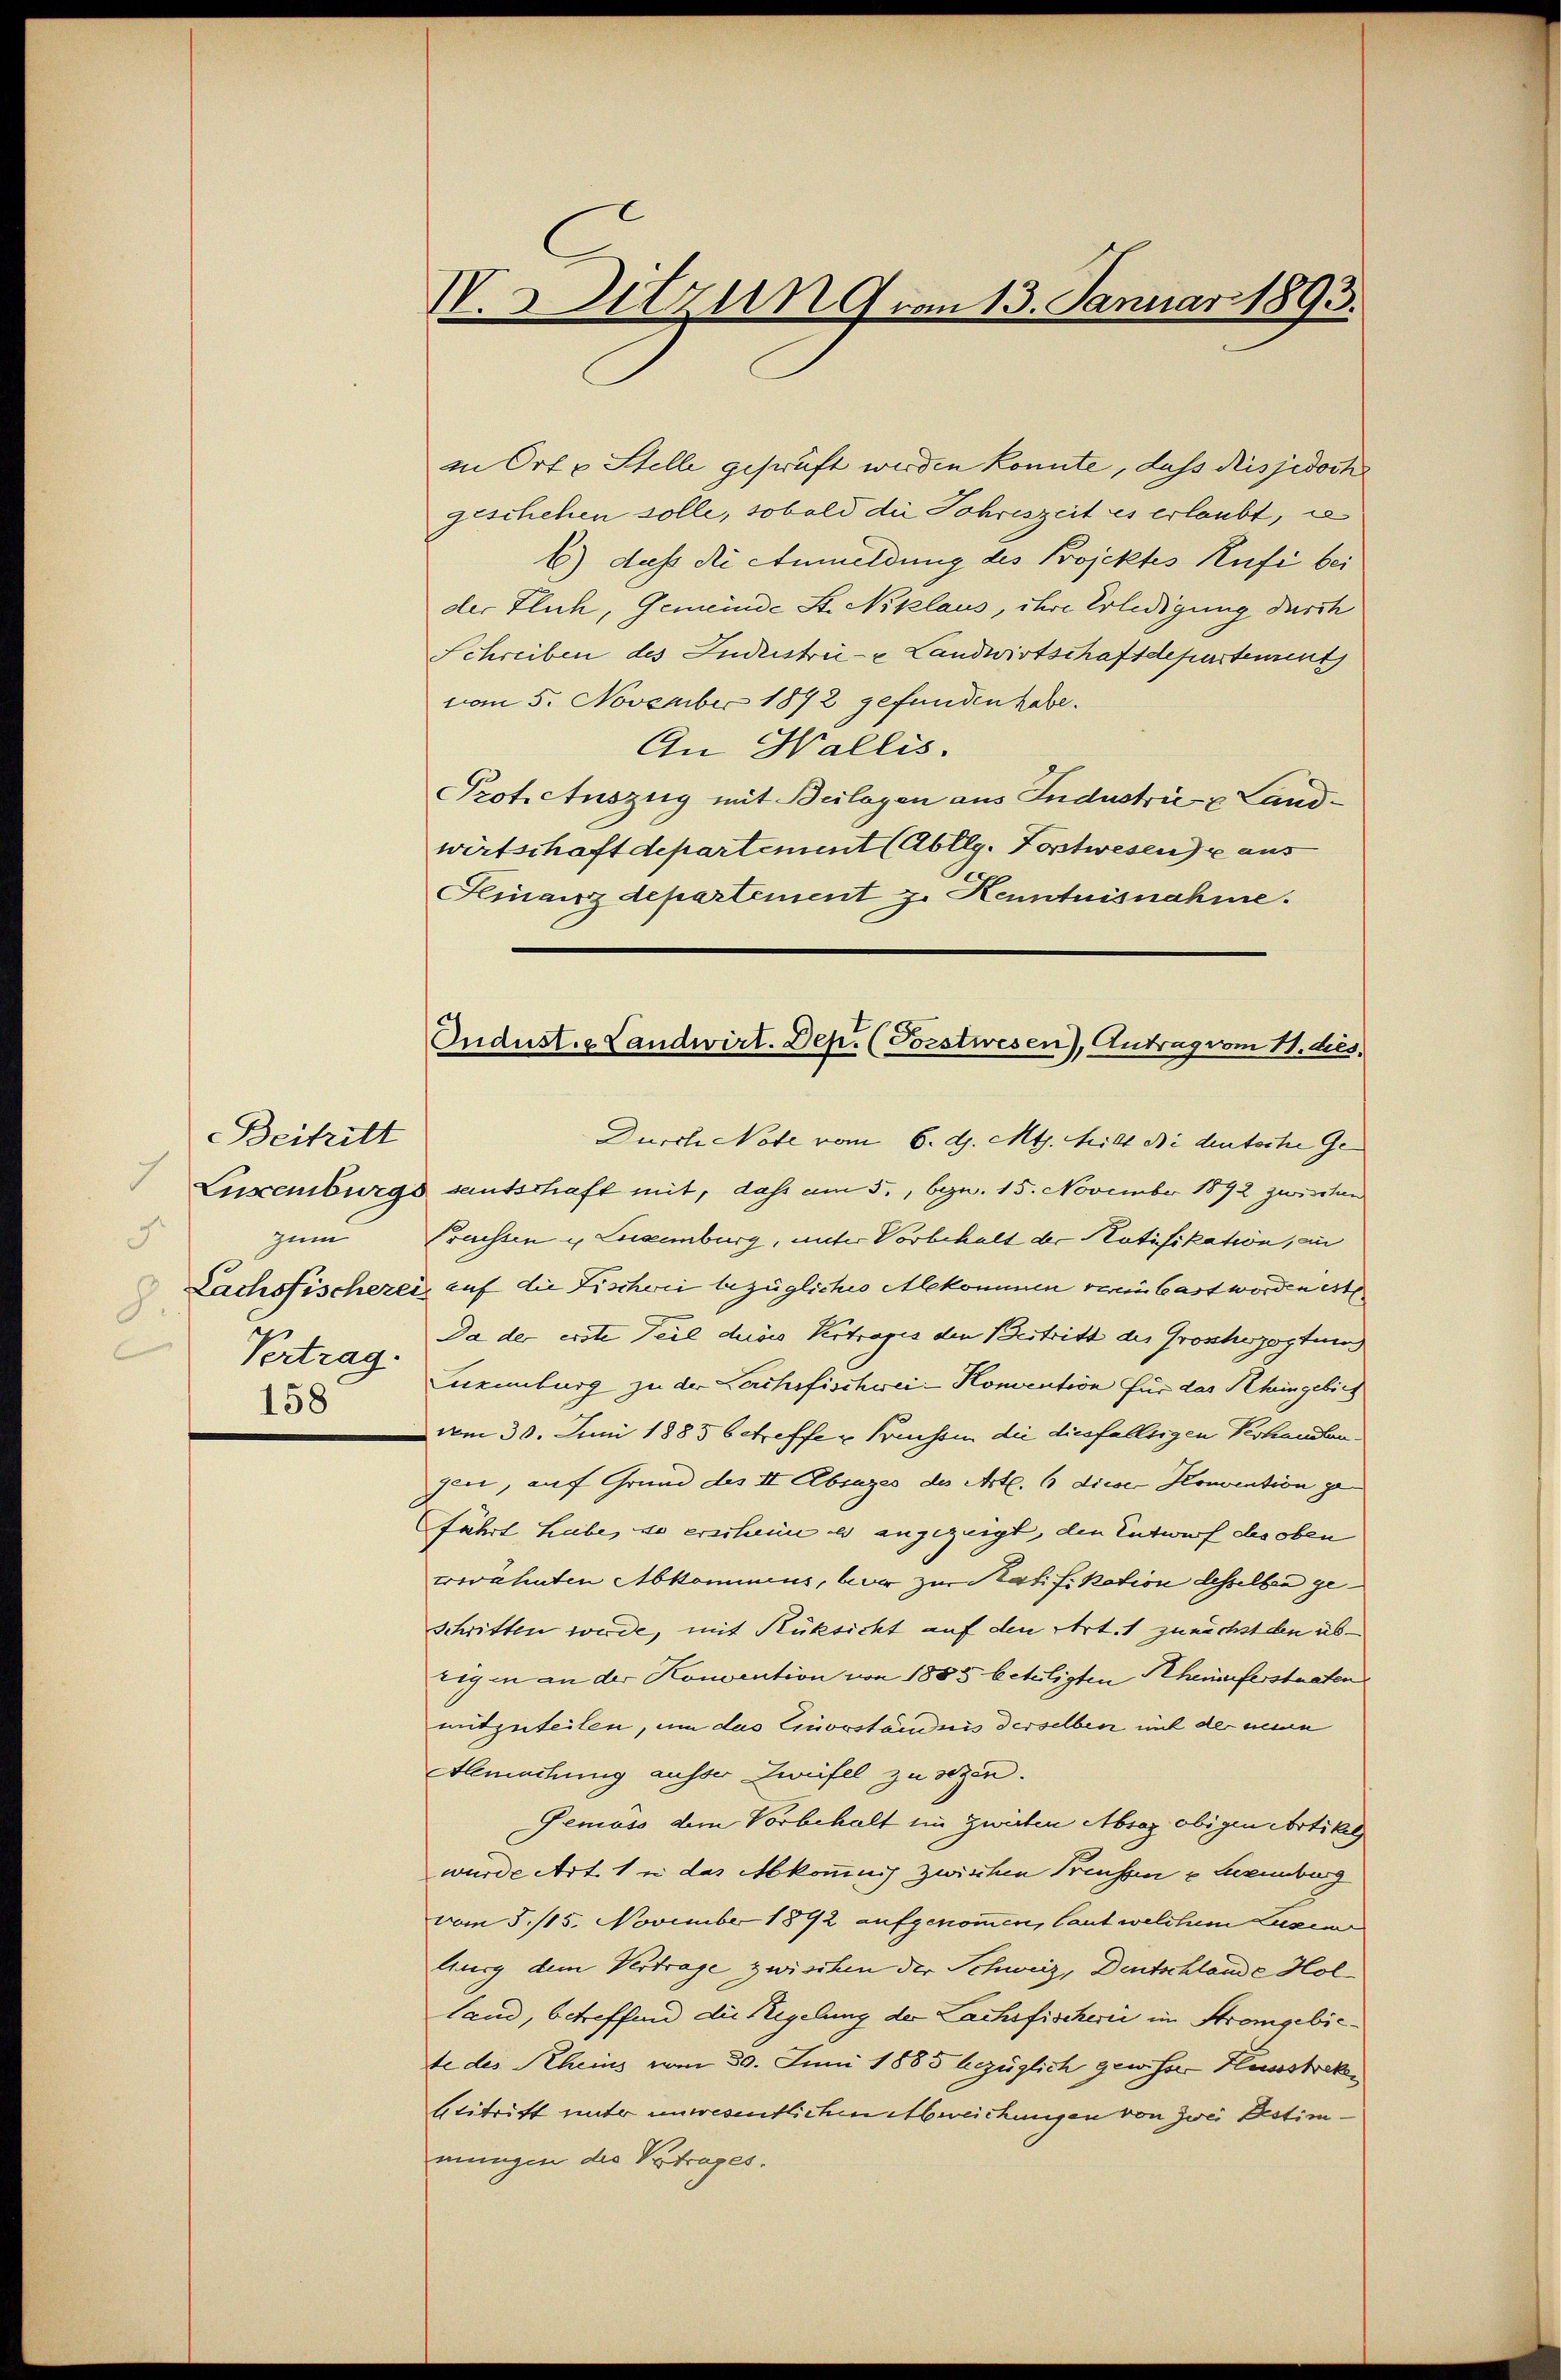
Beitritt
.
Luxenburg
zum
.
Vertrag.
158

I. 3 Sitzung vom 13. Januar 1893.

in Ort & Stelle geprüft werden könnte, dass dies jedoch
geschehen solle, sobald die Jahreszeit es erlaubt, is
b) dass die Anmeldung des Projektes Rufi bei
der Fluch, Gemeinde St. Niklaus, ihre Erledigung durch
Schreiben des Industrie - Landwirtschaftdepartement
vom 5. November 1892 gefunden habe.
An Wallis.
Prot. Auszug mit Beilagen aus Industrie & Land-
wirtschaft departement (Abllg. Postwesen aus
Finanzdepartement J. Kenntnisnahme.
Durch Note vom 6. d. Mts. Mitt de deutsche Ge¬
 santschaft mit, dass am 5., bezw. 15. November 1892 zwischen
Preissen u Liegenburg, unter Vorbehalt der Notifikation, an
Lachsfischerei auf die Fischwei bezügliches Alekommen vereinbart worden est
Da der erste Teil divis Vertrages den Bestritt des Groshozostum
neinburg zu der Lerchefischwei- Konvention für das Rheingebie
vom 30. Juni 1885 betreffe u Pressin die diesfallsigen Verhandlungen, auf Grund des II Absages des Art. 6 diese Konvention gefährt habe, so erscheine es angezeigt, den Entwurf des oben
erwähnten Abkommens, vor zur Ratifikation desselben geschritten werde, mit Rüksicht auf den Art. 1 zunächsteen übzigen an der Konvention von 1885 betätigten Rheiferstaaten
mitzuteilen, um das Einveständnis derselben mit der meine
Allmachung ausser Zweifel zu sezen.
Pemoss dem Vorbehalt ein zweiten Absaz obigen Artikel
wurde Art. 1 e das Abkommnis zwischen Preussene Luxenburg
vom 5. 115. November 1892 aufgenommen, laut welchem Luxen
Aurg dem Vertrage zwischen der Schweiz, Deutschlande Holland, betreffend die Regelung der Lachsfischerii im Strangebiete des Rheins vom 30. Juni 1885 bezüglich gewisser Hussbekbitritt unter unwesentlichen Abweichungen von zwei Destimmungen des Vertrages.

Indust. Landwirt. Dep. (Torstwesen), Antrag vom 11. ds.